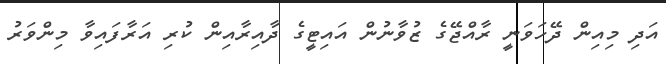
އަދި މިއިން ދޭހަވަނީ ރާއްޖޭގެ ޒުވާނުން އައިޓީގެ ދާއިރާއިން ކުރި އަރާފައިވާ މިންވަރު